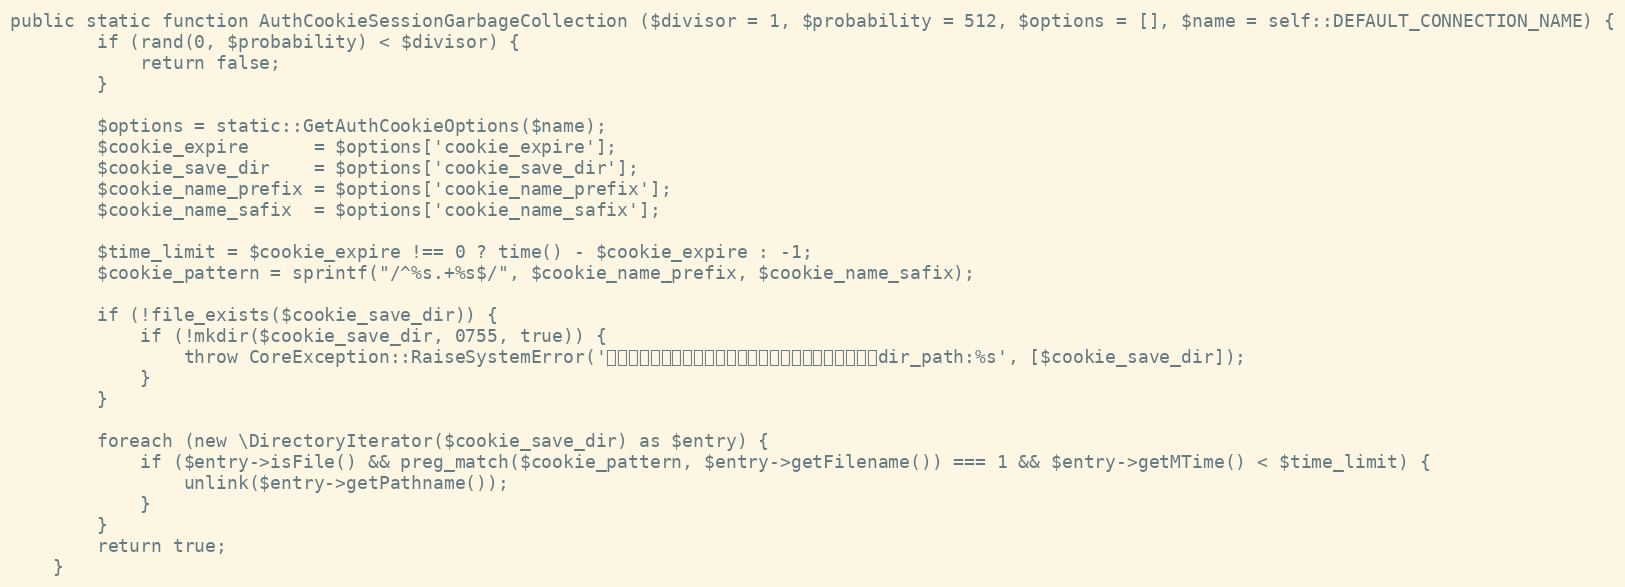
Language: PHP
public static function AuthCookieSessionGarbageCollection ($divisor = 1, $probability = 512, $options = [], $name = self::DEFAULT_CONNECTION_NAME) {
		if (rand(0, $probability) < $divisor) {
			return false;
		}

		$options = static::GetAuthCookieOptions($name);
		$cookie_expire		= $options['cookie_expire'];
		$cookie_save_dir	= $options['cookie_save_dir'];
		$cookie_name_prefix	= $options['cookie_name_prefix'];
		$cookie_name_safix	= $options['cookie_name_safix'];

		$time_limit = $cookie_expire !== 0 ? time() - $cookie_expire : -1;
		$cookie_pattern	= sprintf("/^%s.+%s$/", $cookie_name_prefix, $cookie_name_safix);

		if (!file_exists($cookie_save_dir)) {
			if (!mkdir($cookie_save_dir, 0755, true)) {
				throw CoreException::RaiseSystemError('クッキー認証用ディレクトリを構築できませんでした。dir_path:%s', [$cookie_save_dir]);
			}
		}

		foreach (new \DirectoryIterator($cookie_save_dir) as $entry) {
			if ($entry->isFile() && preg_match($cookie_pattern, $entry->getFilename()) === 1 && $entry->getMTime() < $time_limit) {
				unlink($entry->getPathname());
			}
		}
		return true;
	}